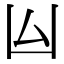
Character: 𠙸